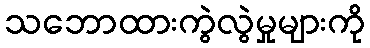
သဘောထားကွဲလွဲမှုများကို